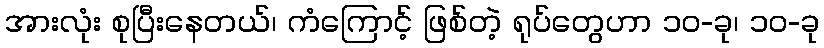
အားလုံး စုပြီးနေတယ်၊ ကံကြောင့် ဖြစ်တဲ့ ရုပ်တွေဟာ ၁၀-ခု၊ ၁၀-ခု